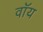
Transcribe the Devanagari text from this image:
वॉय